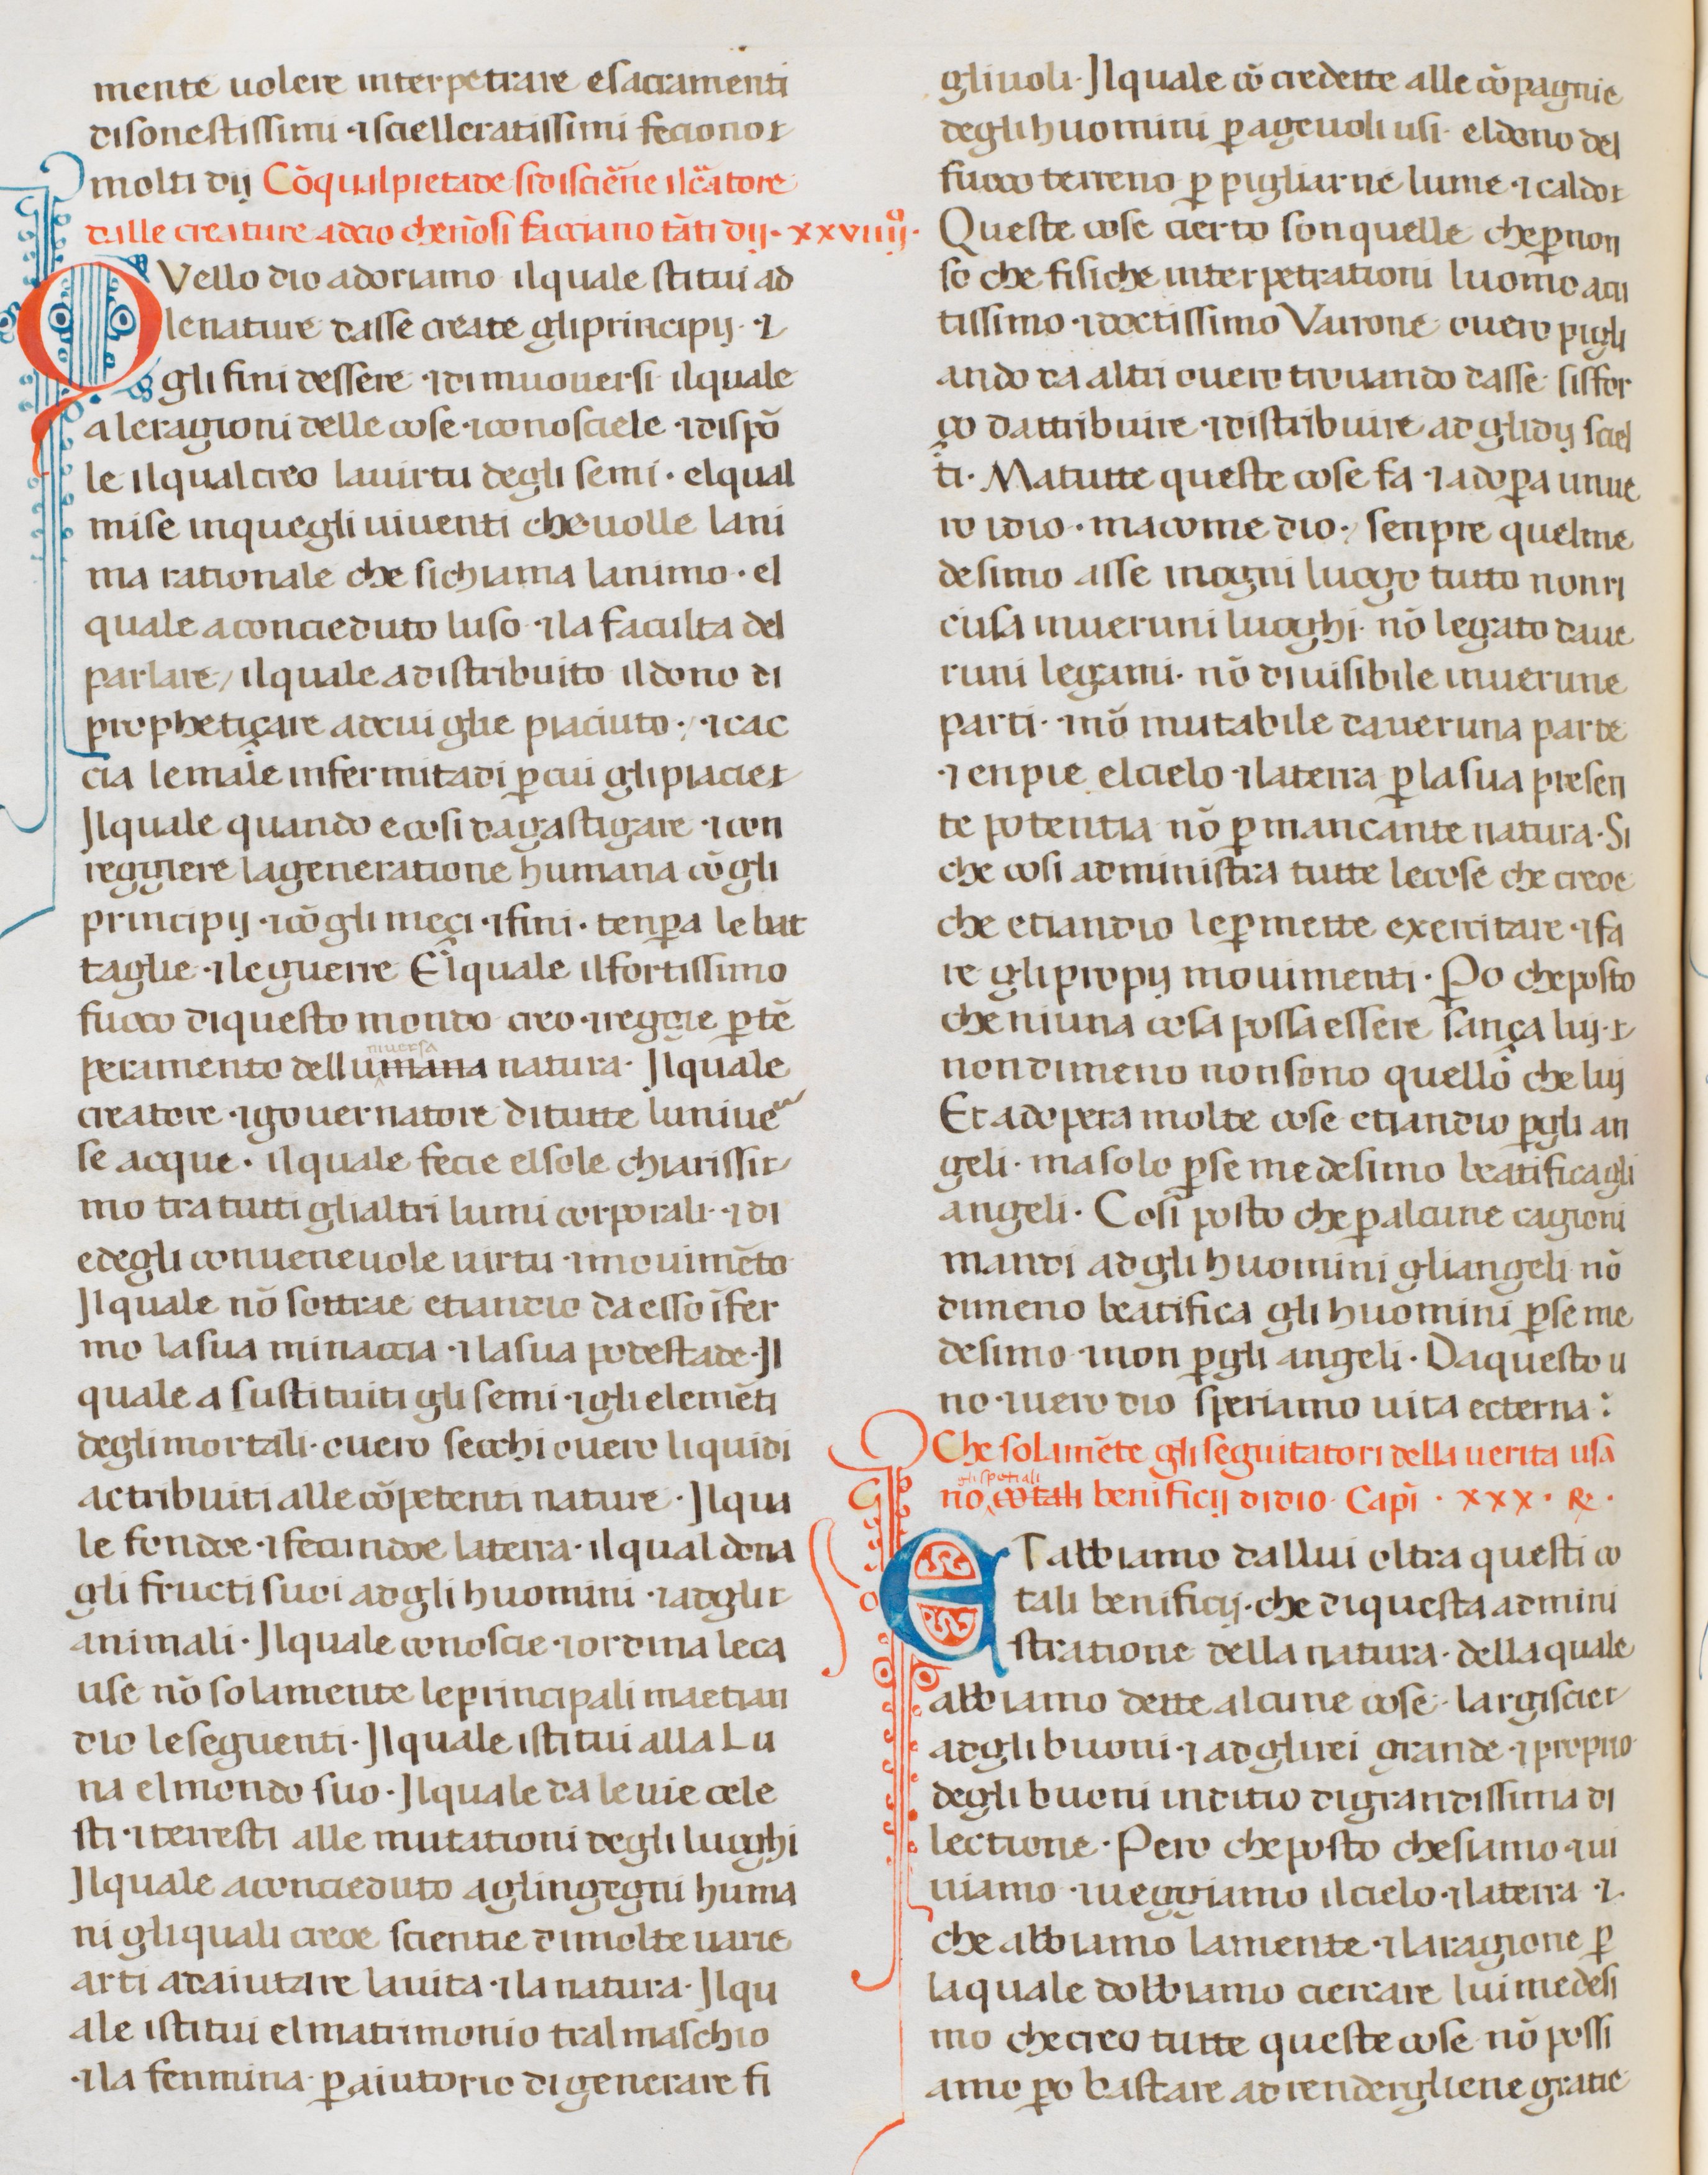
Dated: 1300–1399